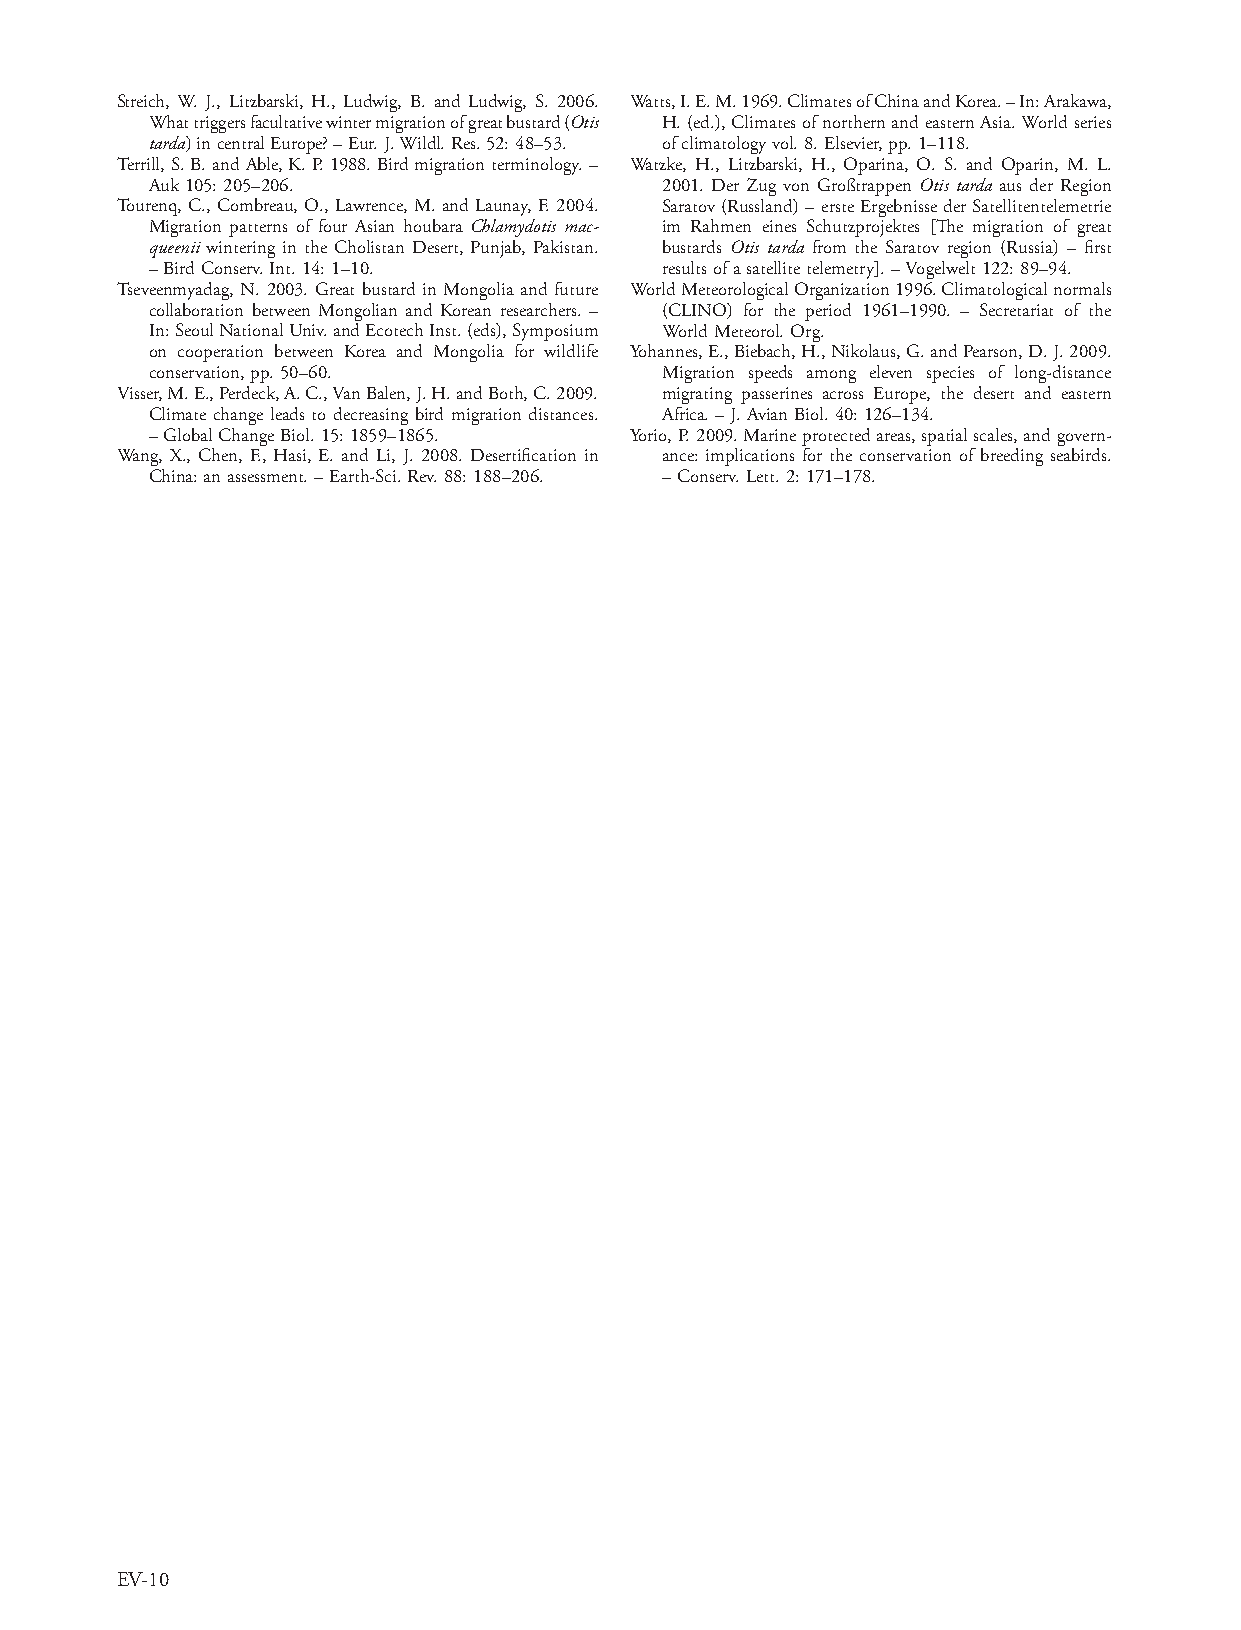
Streich, W. J., Litzbarski, H., Ludwig, B. and Ludwig, S. 2006. Watts, I. E. M. 1969. Climates of China and Korea. – In: Arakawa,
 What triggers facultative winter migration of great bustard (Otis H. (ed.), Climates of northern and eastern Asia. World series
 tarda) in central Europe? – Eur. J. Wildl. Res. 52: 48–53. of climatology vol. 8. Elsevier, pp. 1–118.
 Terrill, S. B. and Able, K. P. 1988. Bird migration terminology. – Watzke, H., Litzbarski, H., Oparina, O. S. and Oparin, M. L.
 Auk 105: 205–206.                 2001. Der Zug von Großtrappen Otis tarda aus der Region
 Tourenq, C., Combreau, O., Lawrence, M. and Launay, F. 2004. Saratov (Russland) – erste Ergebnisse der Satellitentelemetrie
 Migration patterns of four Asian houbara Chlamydotis mac- im Rahmen eines Schutzprojektes [The migration of great
 queenii wintering in the Cholistan Desert, Punjab, Pakistan. bustards Otis tarda from the Saratov region (Russia) – first
 – Bird Conserv. Int. 14: 1–10.    results of a satellite telemetry]. – Vogelwelt 122: 89–94.
 Tseveenmyadag, N. 2003. Great bustard in Mongolia and future World Meteorological Organization 1996. Climatological normals
 collaboration between Mongolian and Korean researchers. – (CLINO) for the period 1961–1990. – Secretariat of the
 In: Seoul National Univ. and Ecotech Inst. (eds), Symposium World Meteorol. Org.
 on cooperation between Korea and Mongolia for wildlife Yohannes, E., Biebach, H., Nikolaus, G. and Pearson, D. J. 2009.
 conservation, pp. 50–60.          Migration speeds among eleven species of long-distance
 Visser, M. E., Perdeck, A. C., Van Balen, J. H. and Both, C. 2009. migrating passerines across Europe, the desert and eastern
 Climate change leads to decreasing bird migration distances. Africa. – J. Avian Biol. 40: 126–134.
 – Global Change Biol. 15: 1859–1865. Yorio, P. 2009. Marine protected areas, spatial scales, and govern-
 Wang, X., Chen, F., Hasi, E. and Li, J. 2008. Desertification in ance: implications for the conservation of breeding seabirds.
 China: an assessment. – Earth-Sci. Rev. 88: 188–206. – Conserv. Lett. 2: 171–178.
 EV-10